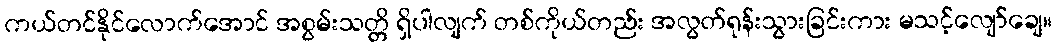
ကယ်တင်နိုင်လောက်အောင် အစွမ်းသတ္တိ ရှိပါလျက် တစ်ကိုယ်တည်း အလွတ်ရုန်းသွားခြင်းကား မသင့်လျော်ချေ။